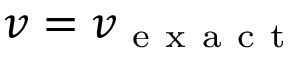
v = v _ { \mathrm { ~ e ~ x ~ a ~ c ~ t ~ } }